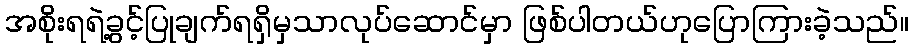
အစိုးရရဲ့ခွင့်ပြုချက်ရရှိမှသာလုပ်ဆောင်မှာ ဖြစ်ပါတယ်ဟုပြောကြားခဲ့သည်။